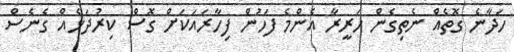
ހަދާނެ ގޮތެއް ނެތިގެން ހަރީރާ އެންމެ ފަހުން ފިހާރައަކަށް ގޮސް ކިރުދަޅެއް ގެނެސް